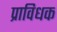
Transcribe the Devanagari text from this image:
प्राविधक